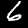
Digit: 6